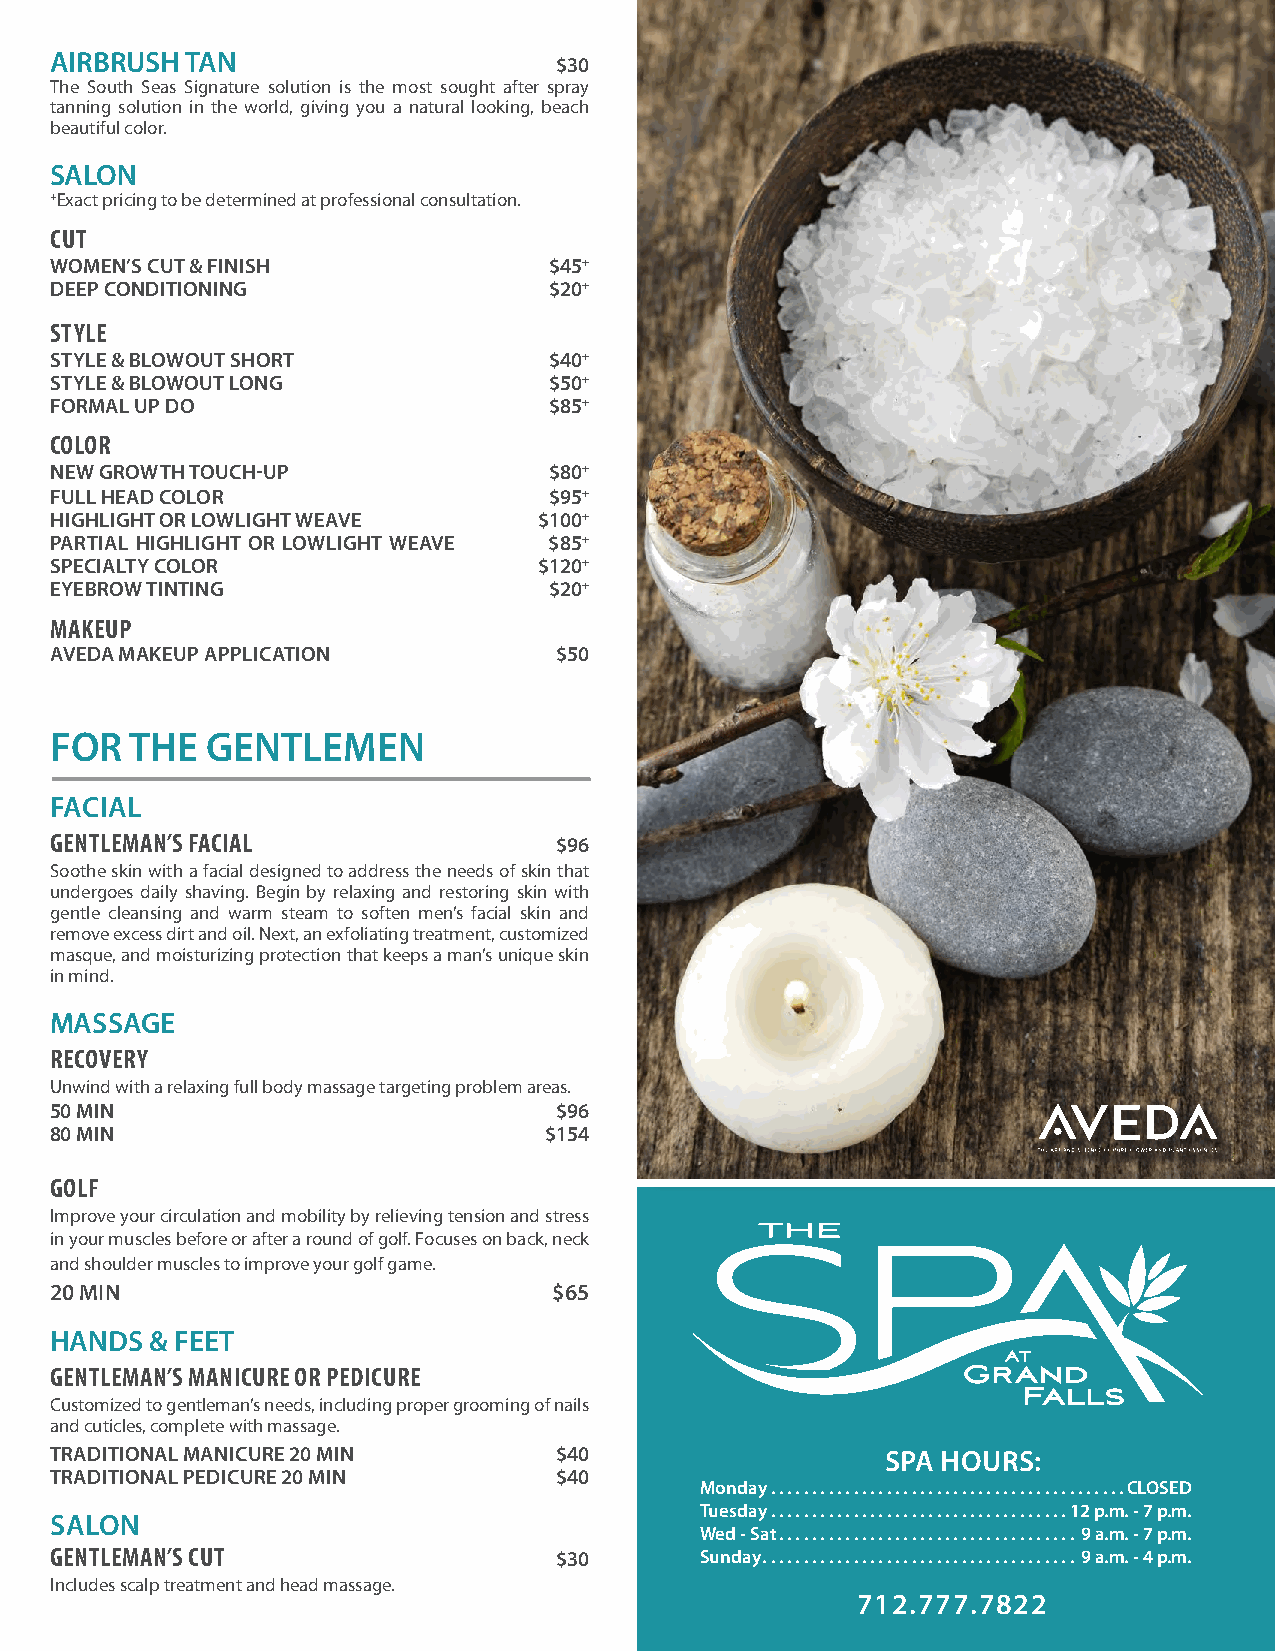
AIRBRUSH TAN                      $30
 The South Seas Signature solution is the most sought after spray
 tanning solution in the world, giving you a natural looking, beach
 beautiful color.
 SALON
 +Exact pricing to be determined at professional consultation.
 CUT
 WOMEN’S CUT & FINISH             $45+
 DEEP CONDITIONING                $20+
 STYLE
 STYLE & BLOWOUT SHORT            $40+
 STYLE & BLOWOUT LONG             $50+
 FORMAL UP DO                     $85+
 COLOR
 NEW GROWTH TOUCH-UP              $80+
 FULL HEAD COLOR                  $95+
 HIGHLIGHT OR LOWLIGHT WEAVE      $100+
 PARTIAL HIGHLIGHT OR LOWLIGHT WEAVE $85+
 SPECIALTY COLOR                  $120+
 EYEBROW TINTING                  $20+
 MAKEUP
 AVEDA MAKEUP APPLICATION          $50
 FOR   THE  GENTLEMEN
 FACIAL
 GENTLEMAN’S FACIAL                $96
 Soothe skin with a facial designed to address the needs of skin that
 undergoes daily shaving. Begin by relaxing and restoring skin with
 gentle cleansing and warm steam to soften men’s facial skin and
 remove excess dirt and oil. Next, an exfoliating treatment, customized
 masque, and moisturizing protection that keeps a man’s unique skin
 in mind.
 MASSAGE
 RECOVERY
 Unwind with a relaxing full body massage targeting problem areas.
 50 MIN                            $96
 80 MIN                           $154
 GOLF
 Improve your circulation and mobility by relieving tension and stress
 in your muscles before or after a round of golf. Focuses on back, neck
 and shoulder muscles to improve your golf game.
 20 MIN                            $65
 HANDS  & FEET
 GENTLEMAN’S MANICURE OR PEDICURE
 Customized to gentleman’s needs, including proper grooming of nails
 and cuticles, complete with massage.
 TRADITIONAL MANICURE 20 MIN       $40                   SPA HOURS:
 TRADITIONAL PEDICURE 20 MIN       $40
 Monday  . . . . . . . . . . . . . . . . . . . . . . . . . . . . . . . . . . . . . . . . . . .CLOSED
 Tuesday  . . . . . . . . . . . . . . . . . . . . . . . . . . . . . . . . . . . .12 p .m . - 7 p .m .
 SALON
 Wed - Sat  . . . . . . . . . . . . . . . . . . . . . . . . . . . . . . . . . . . . 9 a .m . - 7 p .m .
 GENTLEMAN’S CUT                   $30      Sunday  . . . . . . . . . . . . . . . . . . . . . . . . . . . . . . . . . . . . . . 9 a .m . - 4 p .m .
 Includes scalp treatment and head massage.
 712 .777 .7822